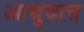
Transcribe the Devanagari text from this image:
आद्युदात्त